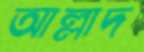
আল্লাদ